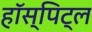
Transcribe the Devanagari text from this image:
हॉस्पिट्ल